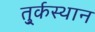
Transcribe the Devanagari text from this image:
तु्र्कस्थान